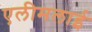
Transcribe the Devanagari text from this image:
एलीमलाई